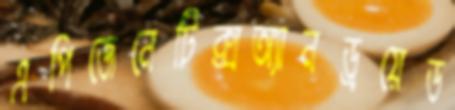
এপিজেনেটিক্সঅ্যানড্রয়েড